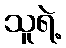
သူရဲ့